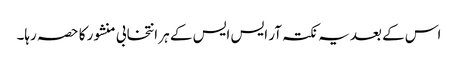
اس کے بعد یہ نکتہ آر ایس ایس کے ہر انتخابی منشور کا حصہ رہا۔